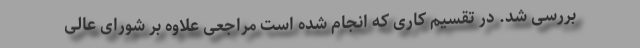
بررسی شد. در تقسیم کاری که انجام شده است مراجعی علاوه بر شورای عالی